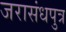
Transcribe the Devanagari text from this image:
जरासंधपुत्र